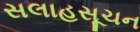
સલાહસૂચન